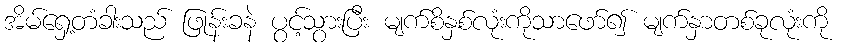
အိမ်ရှေ့တံခါးသည် ဖြုန်းခနဲ ပွင့်သွားပြီး မျက်စိနှစ်လုံးကိုသာဖော်၍ မျက်နှာတစ်ခုလုံးကို